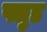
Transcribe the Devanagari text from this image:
फ्लुड